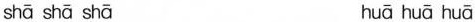
shā shā shā huā huā huā